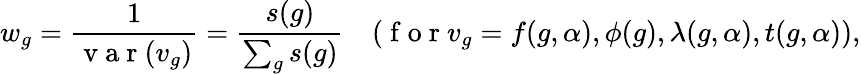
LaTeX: w_{g}=\frac{1}{\mathrm{~v~a~r~}(v_{g})}=\frac{s(g)}{\sum_{g}s(g)}\quad(\mathrm{~f~o~r~}v_{g}=f(g,\alpha),\phi(g),\lambda(g,\alpha),t(g,\alpha)),